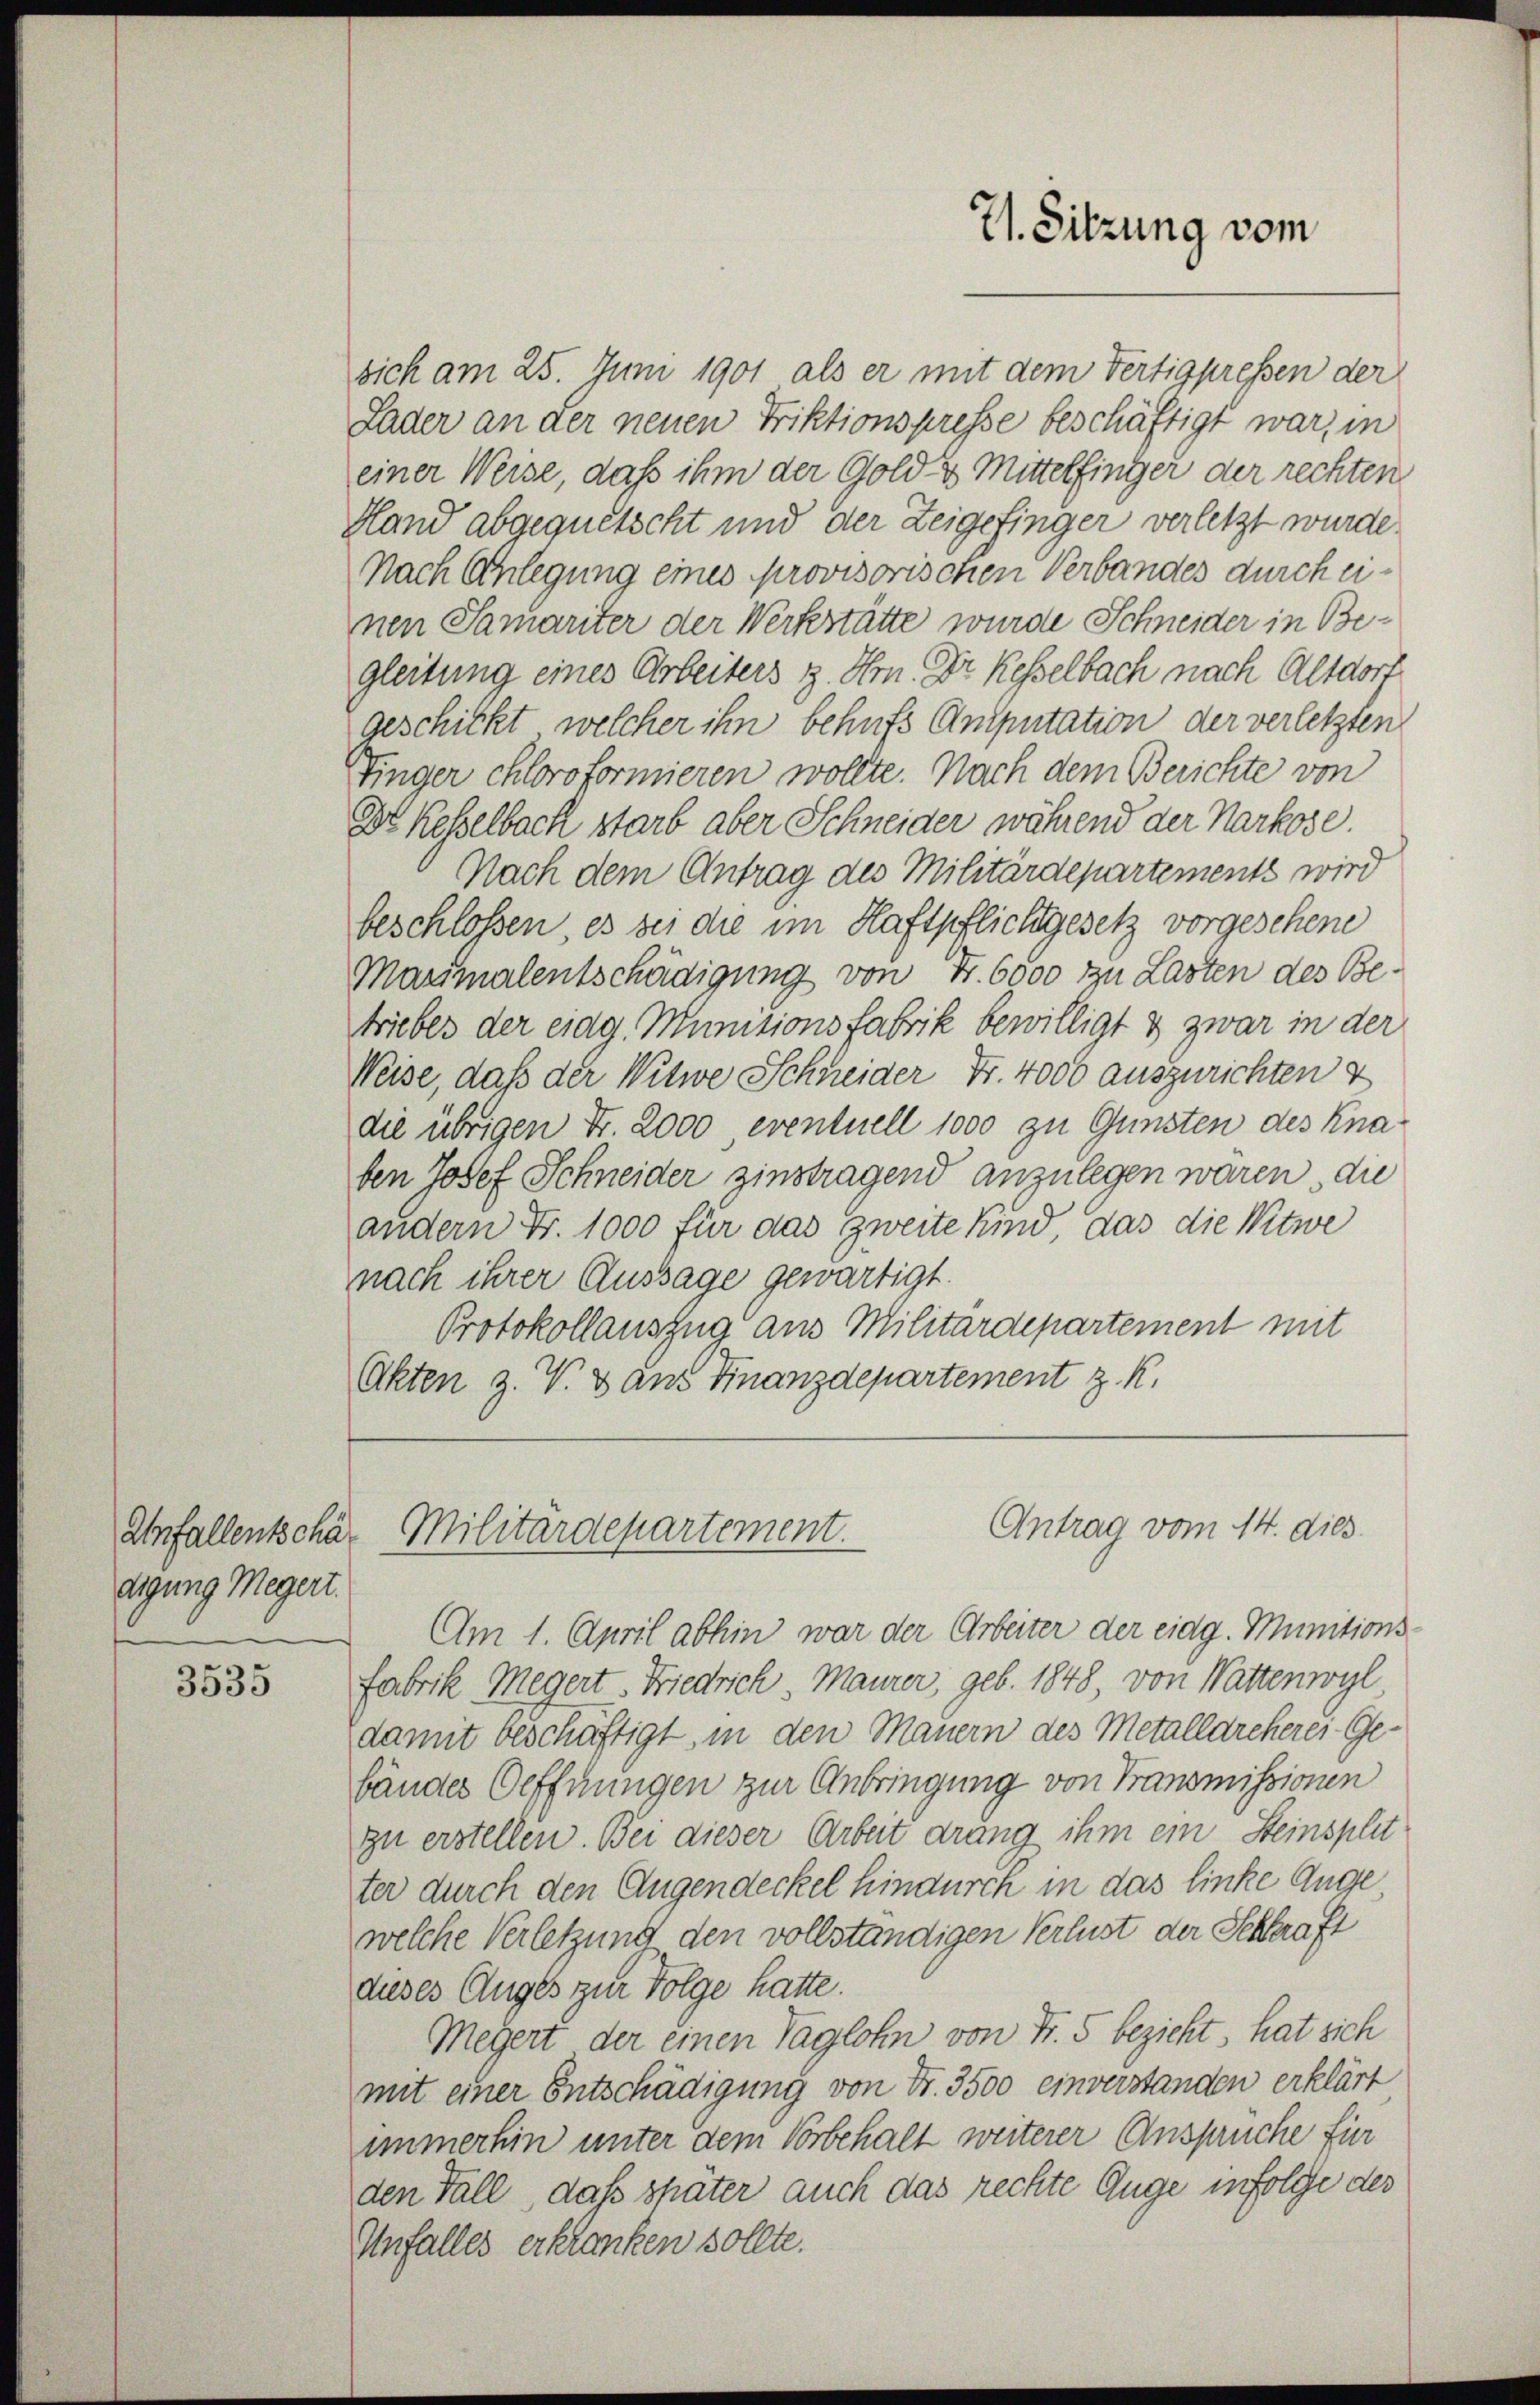
digung Megert.

3535

sich am 25. Juni 1901 als er mit dem Fertigpressen der
Lader an der neuen Friktionspresse beschäftigt war, in
einer Weise, daß ihm der Gold & Mittelfinger der rechten
Hand abgequetscht und der Zeigefinger verletzt wurde.
Nach Anlegung eines provisorischen Verbandes durch einen Samariter der Werkstätte wurde Schneider in Begleitung eines Arbeiters 3. Hrn. Dr Kesselbach nach Altdort
geschickt, welcher ihn behufs Amputation der verletzten
Tinger chloro formieren wollte. Nach dem Berichte von
Dr Kesselbach starb aber Schneider während der Markose.
Nach dem Antrag des Militärdepartements wird
beschloßen, es sei die im Haftpflichsgesetz vorgesehene
Maximalentschädigung von Fr. 6000 zu Lasten des Betriebes der eidg. Munisionsfabrik bewilligt & zwar in der
Weise, daß der Witwe Schneider Fr. 4000 auszurichten &
die übrigen Fr. 2000 eventuell 1000 zu Gunsten des Knaben Josef Schneider zinstragend anzulegen waren, die
andern Fr. 1000 für das zweite sind, das die Witwe
nach ihrer Aussage gewärtigt.
Protokollauszug aus Militärdepartement mit
Akten z. V. Dans Finanzdepartement z. K.

71. Sitzung vom

Antrag vom 14. dies
Unfallentschär Militärdepartement.

Am 1. April abhin war der Arbeiter der eidg. Munitions¬
Fabrik Megert. Friedrich, Maurer, geb. 1848, von Wattenwyl
damit beschäftigt, in den Mauern des Metallarcherei Ge-
bäudes Oeffnungen zur Anbringung von Transmissionen
zu erstellen. Bei dieser Arbeit drang ihm ein Steinsplit
ter durch den Augendeckel hindurch in das linke Auge,
welche Verletzung den vollständigen Verlust der Schaft
dieses Auges zur Folge hatte.
Megert der einen Taglohn von Fr. 5 bezieht, hat sich
mit einer Entschädigung von Fr. 3500 einverstanden erklärt
immerhin unter dem Vorbehalt weiterer Anspruche für
den Fall, daß später auch das rechte Auge infolge des
Unfalles erkranken sollte.